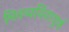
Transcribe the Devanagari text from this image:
मितव्ययितापूर्ण